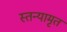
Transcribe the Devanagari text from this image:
स्तन्यामृत